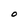
Character: O